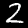
Label: 2